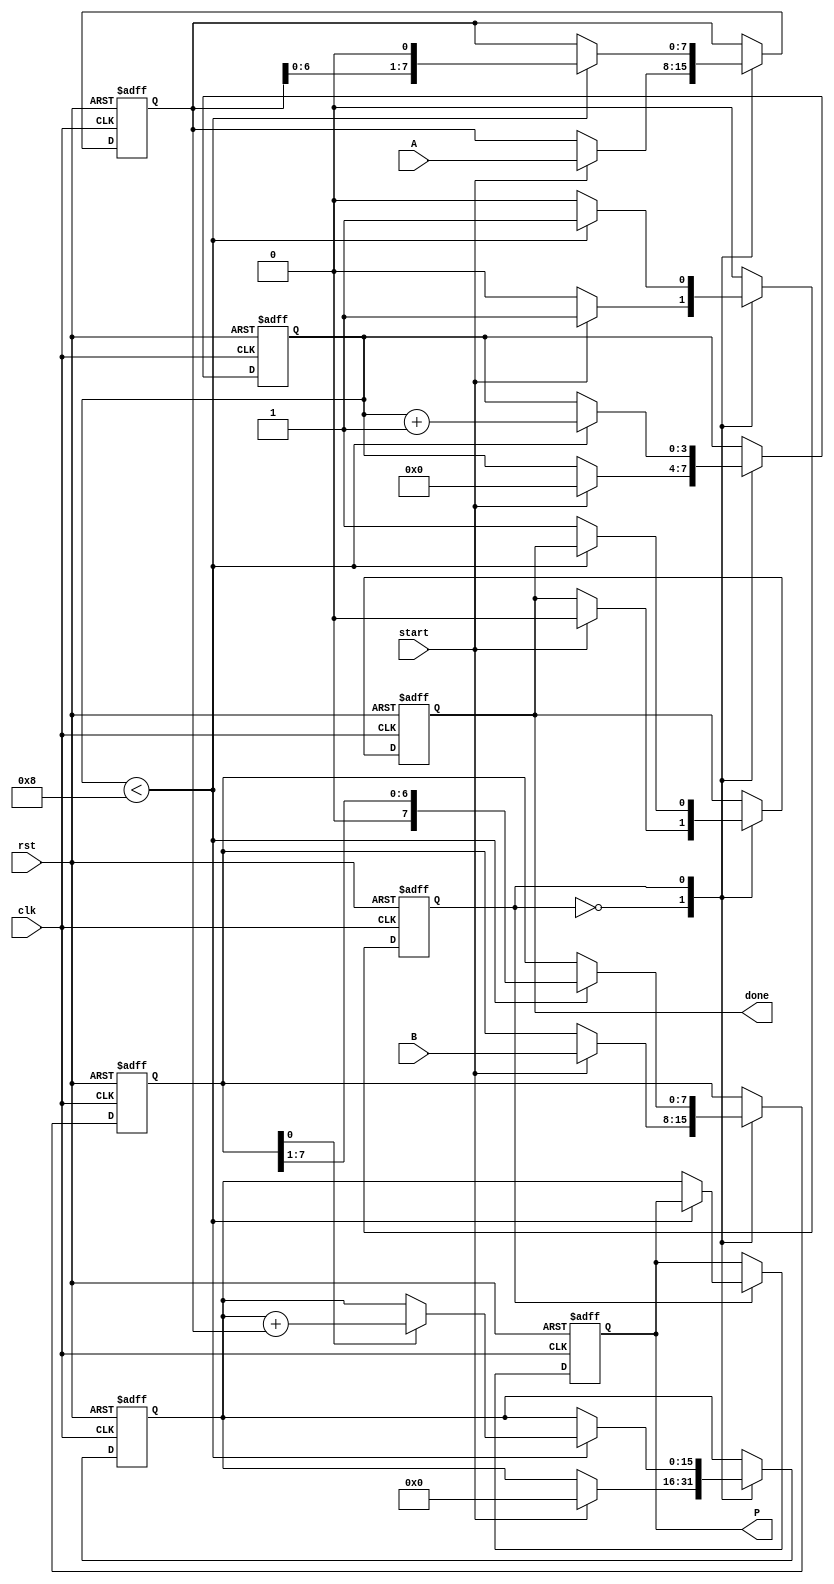
module radix2_multiplier #(parameter N = 8) (
    input wire clk,
    input wire rst,
    input wire start,
    input wire [N-1:0] A, // Multiplicand
    input wire [N-1:0] B, // Multiplier
    output reg [2*N-1:0] P, // Product
    output reg done // Indicates multiplication is complete
);

    reg [N-1:0] multiplicand;
    reg [N-1:0] multiplier;
    reg [2*N-1:0] product;
    reg [3:0] count; // Counter for the number of bits processed
    reg state; // State for FSM (0: idle, 1: multiplying)

    // State definitions
    localparam IDLE = 1'b0;
    localparam MULTIPLY = 1'b1;

    always @(posedge clk or posedge rst) begin
        if (rst) begin
            // Reset all registers and outputs
            P <= 0;
            product <= 0;
            multiplicand <= 0;
            multiplier <= 0;
            count <= 0;
            done <= 0;
            state <= IDLE;
        end else begin
            case (state)
                IDLE: begin
                    if (start) begin
                        // Load inputs and initialize
                        multiplicand <= A;
                        multiplier <= B;
                        product <= 0;
                        count <= 0;
                        done <= 0;
                        state <= MULTIPLY;
                    end
                end

                MULTIPLY: begin
                    if (count < N) begin
                        // Check the least significant bit of the multiplier
                        if (multiplier[0]) begin
                            // Add multiplicand to product
                            product <= product + multiplicand;
                        end
                        // Shift multiplicand left (multiply by 2)
                        multiplicand <= multiplicand << 1;
                        // Shift multiplier right (divide by 2)
                        multiplier <= multiplier >> 1;
                        // Increment the count
                        count <= count + 1;
                    end else begin
                        // Multiplication is complete
                        P <= product;
                        done <= 1;
                        state <= IDLE; // Go back to idle state
                    end
                end

                default: state <= IDLE; // Default case to handle unexpected states
            endcase
        end
    end
endmodule